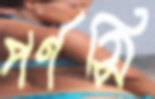
পর্ণসি